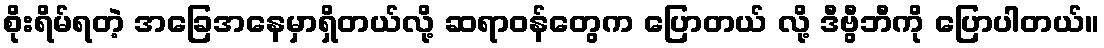
စိုးရိမ်ရတဲ့ အခြေအနေမှာရှိတယ်လို့ ဆရာဝန်တွေက ပြောတယ် လို့ ဒီဗွီဘီကို ပြောပါတယ်။